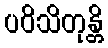
ပဝိသိတုန္တိ